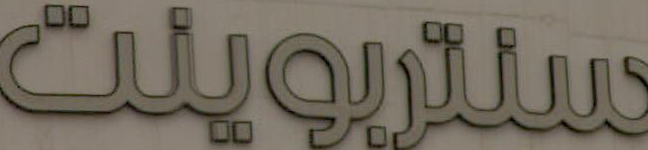
سنتربوينت